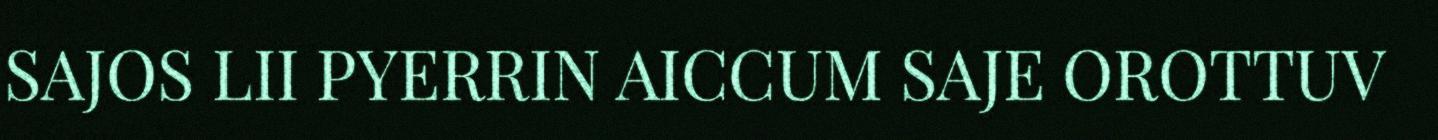
SAJOS LII PYERRIN AICCUM SAJE OROTTUV